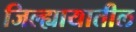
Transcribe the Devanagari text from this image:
जिल्ह्यायातील